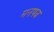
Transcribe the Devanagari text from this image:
मनषब